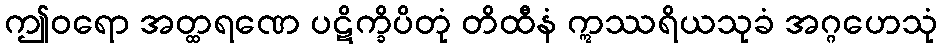
ဤဝရော အတ္ထရဏေ ပဋိက္ခိပိတုံ တိထီနံ ဣဿရိယသုခံ အဂ္ဂဟေသုံ